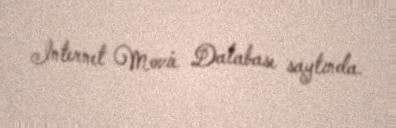
Internet Movie Database saytında.